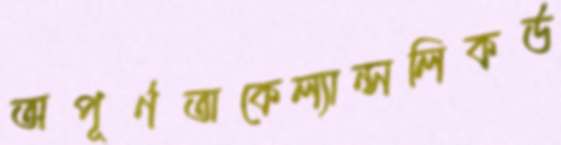
অপূর্ণতাকেল্যান্সলিকর্ড